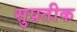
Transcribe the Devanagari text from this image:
सुप्रतीक